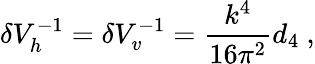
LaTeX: \delta V_{h}^{-1}=\delta V_{v}^{-1}={\frac{k^{4}}{16\pi^{2}}}d_{4}~,